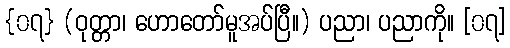
{၀၇} (ဝုတ္တာ၊ ဟောတော်မူအပ်ပြီ။) ပညာ၊ ပညာကို။ [၀၇]